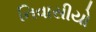
નિવાસીયો